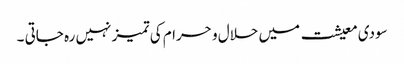
سودی معیشت میں حلال و حرام کی تمیز نہیں رہ جاتی ۔